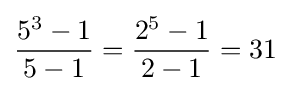
{\frac {5^{3}-1}{5-1}}={\frac {2^{5}-1}{2-1}}=31